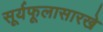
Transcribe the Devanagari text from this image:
सूर्यफूलासारखे